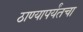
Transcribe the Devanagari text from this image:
ठाण्यापर्यंतचा